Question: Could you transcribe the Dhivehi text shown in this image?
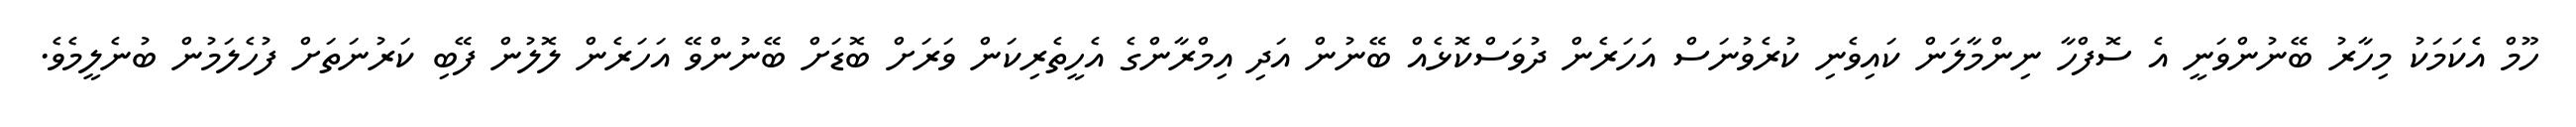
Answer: ހޫމް އެކަމަކު މިހާރު ބޭނުންވަނީ އެ ސޮފްހާ ނިންމާލަން ކައިވެނި ކުރެވުނަސް އަހަރެން ދުވަސްކޮޅެއް ބޭނުން އަދި އިމްރާންގެ އެހީތެރިކަން ވަރަށް ބޮޑަށް ބޭނުންވޭ އަހަރެން ލޮލުން ފޭބި ކަރުނަތަށް ފުހެލަމުން ބުނެލީމެވެ.